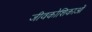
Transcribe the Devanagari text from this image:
जीवकोशिकाओं